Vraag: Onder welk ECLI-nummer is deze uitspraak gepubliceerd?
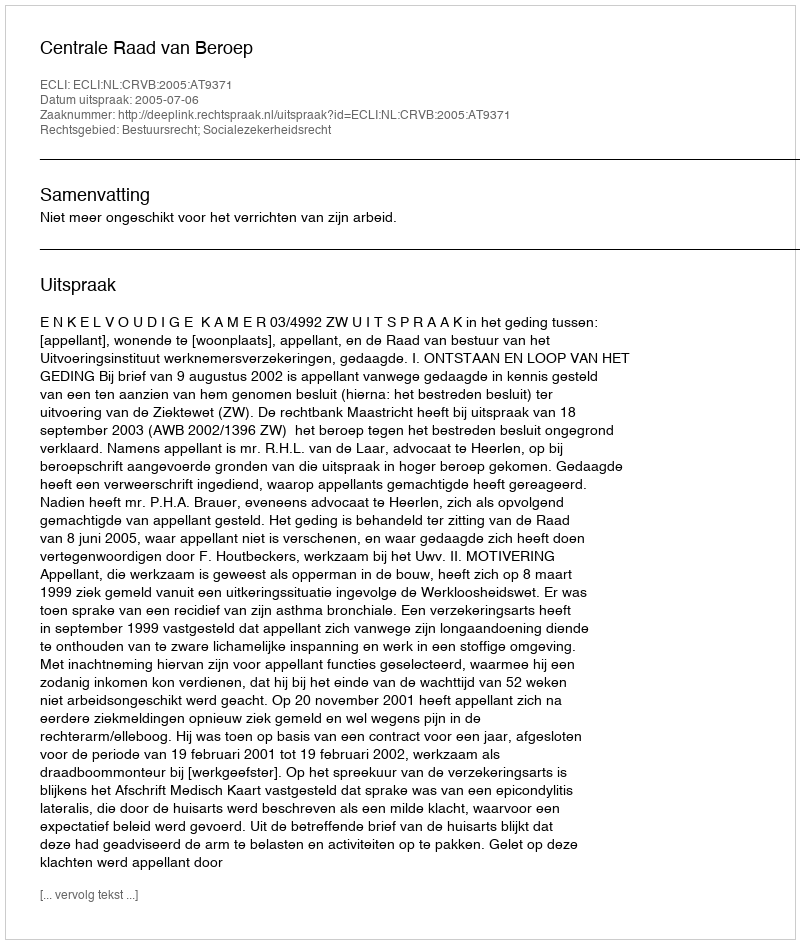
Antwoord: ECLI:NL:CRVB:2005:AT9371